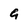
Character: 9